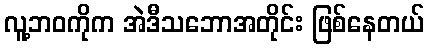
လူ့ဘဝကိုက အဲဒီသဘောအတိုင်း ဖြစ်နေတယ်